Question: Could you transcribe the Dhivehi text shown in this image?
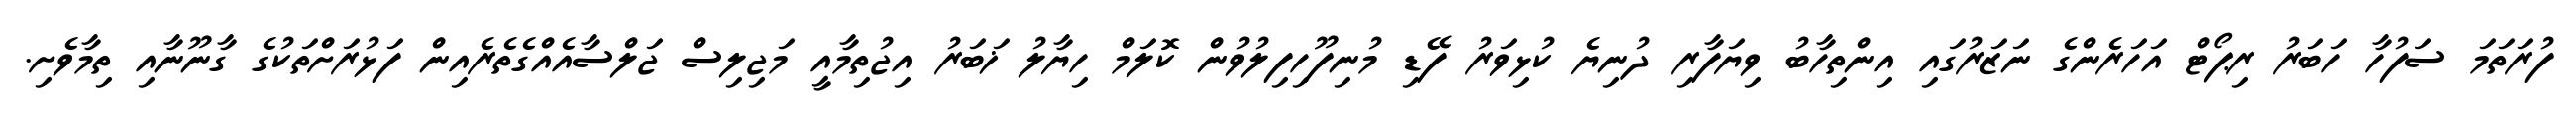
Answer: ފުރަތަމަ ސަފުހާ ހަބަރު ރިޕޯޓް އަހަރެންގެ ނަޒަރުގައި އިންތިހާބު ވިޔަފާރި ދުނިޔެ ކުޅިވަރު ފޭޑި މުނިފޫހިފިލުވުން ކޮލަމް ހިޔާލު ޚަބަރު އިޖުތިމާއީ މަޖިލިސް ޖަލްސާއެއްގެތެރެއިން ފަޅުރަށްތަކުގެ ގާނޫނާއި ތިމާވެށި.